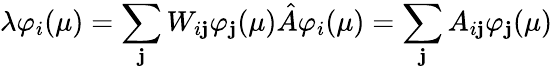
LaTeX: \lambda\varphi_{i}(\mu)=\sum_{\mathbf{j}}W_{i\mathbf{j}}\varphi_{\mathbf{j}}(\mu)\hat{{A}}\varphi_{i}(\mu)=\sum_{\mathbf{j}}A_{i\mathbf{j}}\varphi_{\mathbf{j}}(\mu)